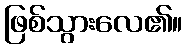
ဖြစ်သွားလေ၏။